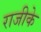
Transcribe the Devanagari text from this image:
राजीके